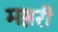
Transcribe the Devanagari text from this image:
मञ्जरी